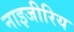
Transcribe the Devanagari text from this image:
नाइजीरिय